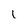
Character: 1